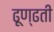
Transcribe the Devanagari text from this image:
ढूण्ढती